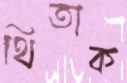
থিতাক